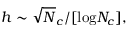
h \sim \sqrt N _ { c } / [ \mathrm { l o g } N _ { c } ] ,